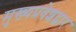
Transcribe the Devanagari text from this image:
मुख्यप्रवेशद्वार